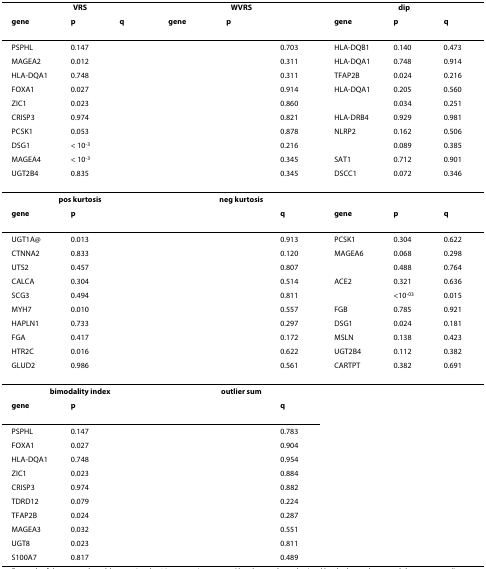
<table><thead><tr><td colspan="3"><b>VRS</b></td><td colspan="3"><b>WVRS</b></td><td colspan="3"><b>dip</b></td></tr><tr><td><b>gene</b></td><td><b>p</b></td><td><b>q</b></td><td><b>gene</b></td><td><b>p</b></td><td>[EMPTY_CELL]</td><td><b>gene</b></td><td><b>p</b></td><td><b>q</b></td></tr></thead><tbody><tr><td>PSPHL</td><td>0.147</td><td>[EMPTY_CELL]</td><td>[EMPTY_CELL]</td><td>[EMPTY_CELL]</td><td>0.703</td><td>HLA-DQB1</td><td>0.140</td><td>0.473</td></tr><tr><td>MAGEA2</td><td>0.012</td><td>[EMPTY_CELL]</td><td>[EMPTY_CELL]</td><td>[EMPTY_CELL]</td><td>0.311</td><td>HLA-DQA1</td><td>0.748</td><td>0.914</td></tr><tr><td>HLA-DQA1</td><td>0.748</td><td>[EMPTY_CELL]</td><td>[EMPTY_CELL]</td><td>[EMPTY_CELL]</td><td>0.311</td><td>TFAP2B</td><td>0.024</td><td>0.216</td></tr><tr><td>FOXA1</td><td>0.027</td><td>[EMPTY_CELL]</td><td>[EMPTY_CELL]</td><td>[EMPTY_CELL]</td><td>0.914</td><td>HLA-DQA1</td><td>0.205</td><td>0.560</td></tr><tr><td>ZIC1</td><td>0.023</td><td>[EMPTY_CELL]</td><td>[EMPTY_CELL]</td><td>[EMPTY_CELL]</td><td>0.860</td><td>[EMPTY_CELL]</td><td>0.034</td><td>0.251</td></tr><tr><td>CRISP3</td><td>0.974</td><td>[EMPTY_CELL]</td><td>[EMPTY_CELL]</td><td>[EMPTY_CELL]</td><td>0.821</td><td>HLA-DRB4</td><td>0.929</td><td>0.981</td></tr><tr><td>PCSK1</td><td>0.053</td><td>[EMPTY_CELL]</td><td>[EMPTY_CELL]</td><td>[EMPTY_CELL]</td><td>0.878</td><td>NLRP2</td><td>0.162</td><td>0.506</td></tr><tr><td>DSG1</td><td>&lt; 10<sup>-3</sup></td><td>[EMPTY_CELL]</td><td>[EMPTY_CELL]</td><td>[EMPTY_CELL]</td><td>0.216</td><td>[EMPTY_CELL]</td><td>0.089</td><td>0.385</td></tr><tr><td>MAGEA4</td><td>&lt; 10<sup>-3</sup></td><td>[EMPTY_CELL]</td><td>[EMPTY_CELL]</td><td>[EMPTY_CELL]</td><td>0.345</td><td>SAT1</td><td>0.712</td><td>0.901</td></tr><tr><td>UGT2B4</td><td>0.835</td><td>[EMPTY_CELL]</td><td>[EMPTY_CELL]</td><td>[EMPTY_CELL]</td><td>0.345</td><td>DSCC1</td><td>0.072</td><td>0.346</td></tr><tr><td colspan="3"><b>pos kurtosis</b></td><td colspan="3"><b>neg kurtosis</b></td><td colspan="3">[EMPTY_CELL]</td></tr><tr><td><b>gene</b></td><td><b>p</b></td><td>[EMPTY_CELL]</td><td>[EMPTY_CELL]</td><td>[EMPTY_CELL]</td><td><b>q</b></td><td><b>gene</b></td><td><b>p</b></td><td><b>q</b></td></tr><tr><td>UGT1A@</td><td>0.013</td><td>[EMPTY_CELL]</td><td>[EMPTY_CELL]</td><td>[EMPTY_CELL]</td><td>0.913</td><td>PCSK1</td><td>0.304</td><td>0.622</td></tr><tr><td>CTNNA2</td><td>0.833</td><td>[EMPTY_CELL]</td><td>[EMPTY_CELL]</td><td>[EMPTY_CELL]</td><td>0.120</td><td>MAGEA6</td><td>0.068</td><td>0.298</td></tr><tr><td>UTS2</td><td>0.457</td><td>[EMPTY_CELL]</td><td>[EMPTY_CELL]</td><td>[EMPTY_CELL]</td><td>0.807</td><td>[EMPTY_CELL]</td><td>0.488</td><td>0.764</td></tr><tr><td>CALCA</td><td>0.304</td><td>[EMPTY_CELL]</td><td>[EMPTY_CELL]</td><td>[EMPTY_CELL]</td><td>0.514</td><td>ACE2</td><td>0.321</td><td>0.636</td></tr><tr><td>SCG3</td><td>0.494</td><td>[EMPTY_CELL]</td><td>[EMPTY_CELL]</td><td>[EMPTY_CELL]</td><td>0.811</td><td>[EMPTY_CELL]</td><td>&lt;10<sup>-03</sup></td><td>0.015</td></tr><tr><td>MYH7</td><td>0.010</td><td>[EMPTY_CELL]</td><td>[EMPTY_CELL]</td><td>[EMPTY_CELL]</td><td>0.557</td><td>FGB</td><td>0.785</td><td>0.921</td></tr><tr><td>HAPLN1</td><td>0.733</td><td>[EMPTY_CELL]</td><td>[EMPTY_CELL]</td><td>[EMPTY_CELL]</td><td>0.297</td><td>DSG1</td><td>0.024</td><td>0.181</td></tr><tr><td>FGA</td><td>0.417</td><td>[EMPTY_CELL]</td><td>[EMPTY_CELL]</td><td>[EMPTY_CELL]</td><td>0.172</td><td>MSLN</td><td>0.138</td><td>0.423</td></tr><tr><td>HTR2C</td><td>0.016</td><td>[EMPTY_CELL]</td><td>[EMPTY_CELL]</td><td>[EMPTY_CELL]</td><td>0.622</td><td>UGT2B4</td><td>0.112</td><td>0.382</td></tr><tr><td>GLUD2</td><td>0.986</td><td>[EMPTY_CELL]</td><td>[EMPTY_CELL]</td><td>[EMPTY_CELL]</td><td>0.561</td><td>CARTPT</td><td>0.382</td><td>0.691</td></tr><tr><td colspan="3"><b>bimodality index</b></td><td colspan="3"><b>outlier sum</b></td><td>[EMPTY_CELL]</td><td>[EMPTY_CELL]</td><td>[EMPTY_CELL]</td></tr><tr><td><b>gene</b></td><td><b>p</b></td><td>[EMPTY_CELL]</td><td>[EMPTY_CELL]</td><td>[EMPTY_CELL]</td><td><b>q</b></td><td>[EMPTY_CELL]</td><td>[EMPTY_CELL]</td><td>[EMPTY_CELL]</td></tr><tr><td>PSPHL</td><td>0.147</td><td>[EMPTY_CELL]</td><td>[EMPTY_CELL]</td><td>[EMPTY_CELL]</td><td>0.783</td><td>[EMPTY_CELL]</td><td>[EMPTY_CELL]</td><td>[EMPTY_CELL]</td></tr><tr><td>FOXA1</td><td>0.027</td><td>[EMPTY_CELL]</td><td>[EMPTY_CELL]</td><td>[EMPTY_CELL]</td><td>0.904</td><td>[EMPTY_CELL]</td><td>[EMPTY_CELL]</td><td>[EMPTY_CELL]</td></tr><tr><td>HLA-DQA1</td><td>0.748</td><td>[EMPTY_CELL]</td><td>[EMPTY_CELL]</td><td>[EMPTY_CELL]</td><td>0.954</td><td>[EMPTY_CELL]</td><td>[EMPTY_CELL]</td><td>[EMPTY_CELL]</td></tr><tr><td>ZIC1</td><td>0.023</td><td>[EMPTY_CELL]</td><td>[EMPTY_CELL]</td><td>[EMPTY_CELL]</td><td>0.884</td><td>[EMPTY_CELL]</td><td>[EMPTY_CELL]</td><td>[EMPTY_CELL]</td></tr><tr><td>CRISP3</td><td>0.974</td><td>[EMPTY_CELL]</td><td>[EMPTY_CELL]</td><td>[EMPTY_CELL]</td><td>0.882</td><td>[EMPTY_CELL]</td><td>[EMPTY_CELL]</td><td>[EMPTY_CELL]</td></tr><tr><td>TDRD12</td><td>0.079</td><td>[EMPTY_CELL]</td><td>[EMPTY_CELL]</td><td>[EMPTY_CELL]</td><td>0.224</td><td>[EMPTY_CELL]</td><td>[EMPTY_CELL]</td><td>[EMPTY_CELL]</td></tr><tr><td>TFAP2B</td><td>0.024</td><td>[EMPTY_CELL]</td><td>[EMPTY_CELL]</td><td>[EMPTY_CELL]</td><td>0.287</td><td>[EMPTY_CELL]</td><td>[EMPTY_CELL]</td><td>[EMPTY_CELL]</td></tr><tr><td>MAGEA3</td><td>0.032</td><td>[EMPTY_CELL]</td><td>[EMPTY_CELL]</td><td>[EMPTY_CELL]</td><td>0.551</td><td>[EMPTY_CELL]</td><td>[EMPTY_CELL]</td><td>[EMPTY_CELL]</td></tr><tr><td>UGT8</td><td>0.023</td><td>[EMPTY_CELL]</td><td>[EMPTY_CELL]</td><td>[EMPTY_CELL]</td><td>0.811</td><td>[EMPTY_CELL]</td><td>[EMPTY_CELL]</td><td>[EMPTY_CELL]</td></tr><tr><td>S100A7</td><td>0.817</td><td>[EMPTY_CELL]</td><td>[EMPTY_CELL]</td><td>[EMPTY_CELL]</td><td>0.489</td><td>[EMPTY_CELL]</td><td>[EMPTY_CELL]</td><td>[EMPTY_CELL]</td></tr></tbody></table>